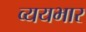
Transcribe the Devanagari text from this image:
व्ययभार